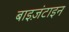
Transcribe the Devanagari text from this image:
बाइज़ंटाइन